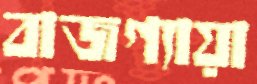
বাজগ্যায়া